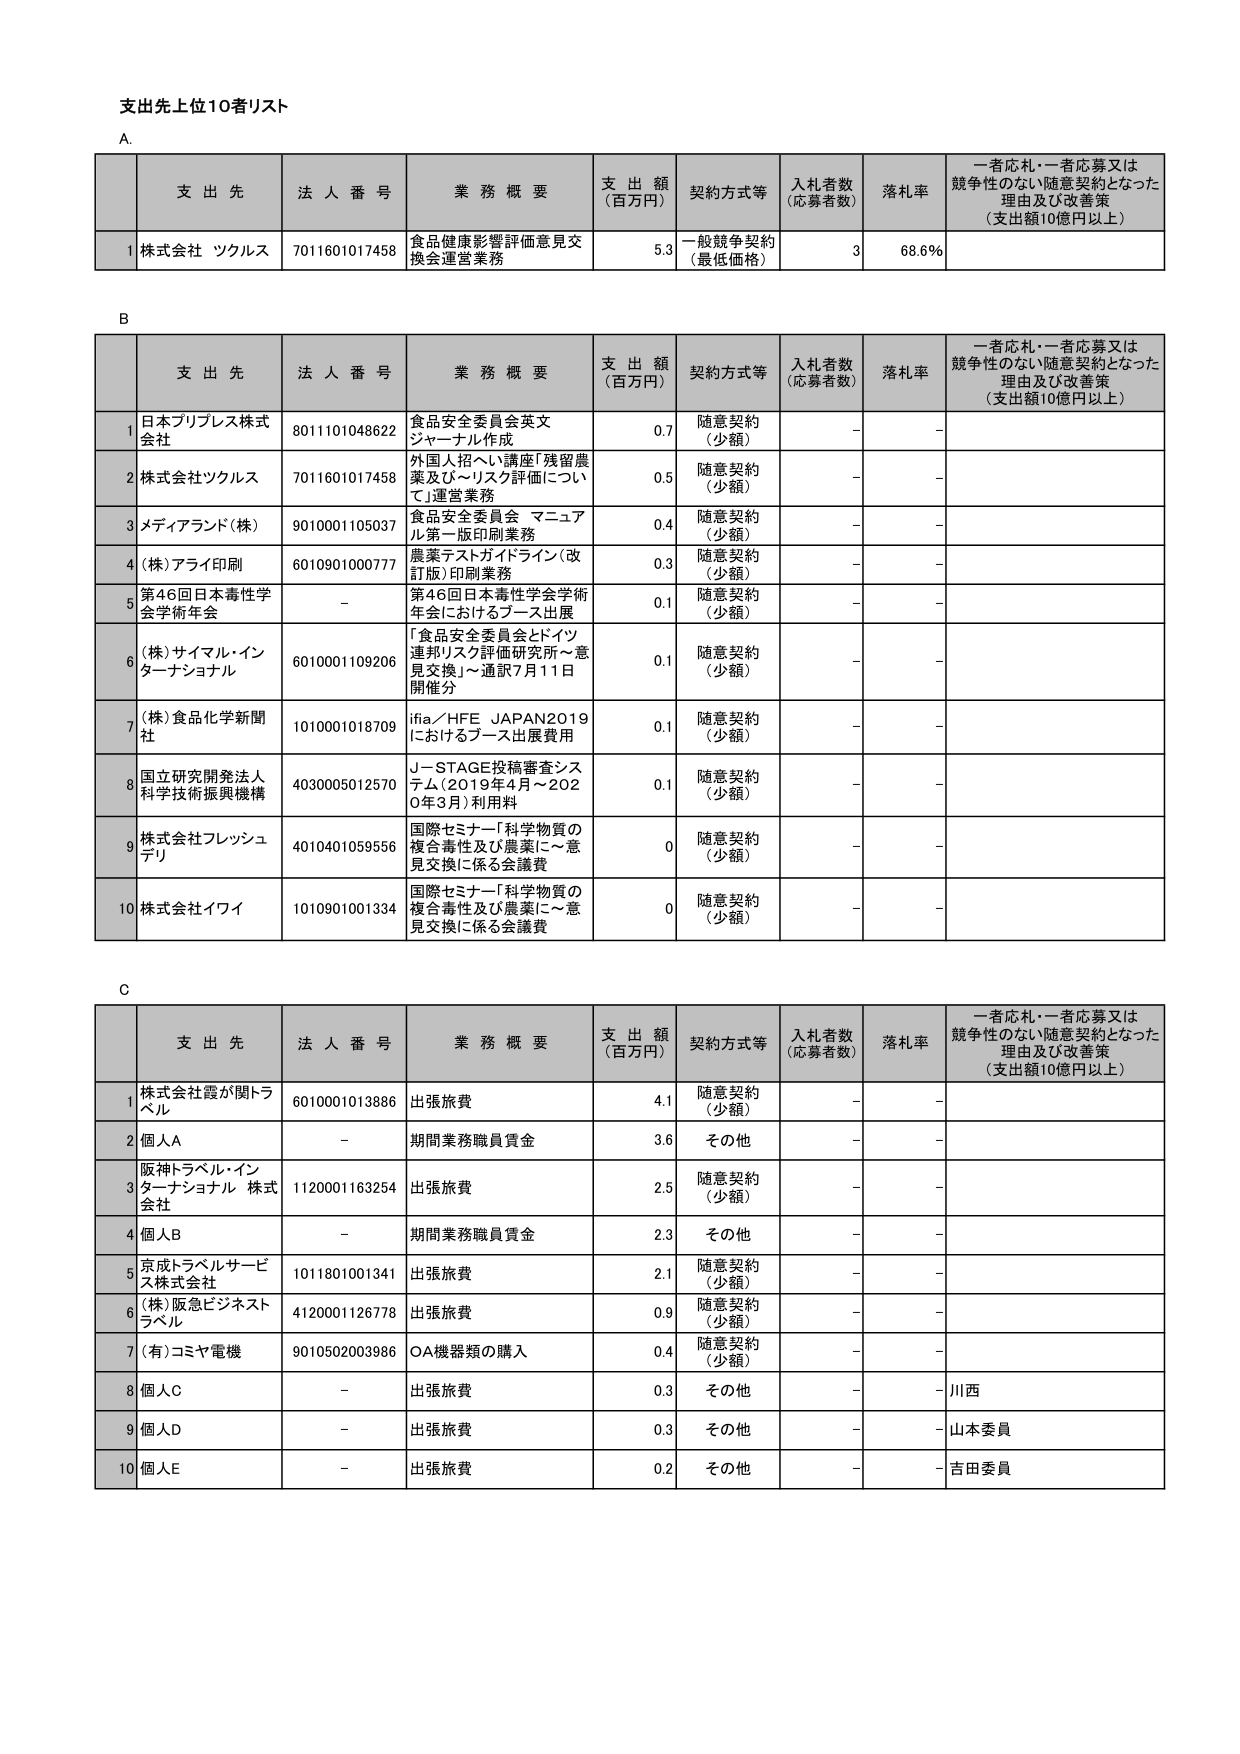
支出先上位10者リスト

A.
支 出 先 法 人 番 号 業 務 概 要 支 出 額 （百万円） 契約方式等 入札者数 （応募者数） 落札率 一者応札・一者応募又は競争性のない随意契約となった理由及び改善策 （支出額10億円以上）
1 株式会社 ツクルス 7011601017458 食品健康影響評価意見交換会運営業務 5.3 一般競争契約 （最低価格） 3 68.6％

B
支 出 先 法 人 番 号 業 務 概 要 支 出 額 （百万円） 契約方式等 入札者数 （応募者数） 落札率 一者応札・一者応募又は競争性のない随意契約となった理由及び改善策 （支出額10億円以上）
1 日本プリプレス株式会社 8011101048622 食品安全委員会英文ジャーナル作成 0.7 随意契約 （少額） - -
2 株式会社ツクルス 7011601017458 外国人招へい講座「残留農薬及びヘリリスク評価について」運営業務 0.5 随意契約 （少額） - -
3 メディアランド（株） 9010001105037 食品安全委員会 マニュアル第一版印刷業務 0.4 随意契約 （少額） - -
4 （株）アライ印刷 6010901000777 農薬テストガイドライン（改訂版）印刷業務 0.3 随意契約 （少額） - -
5 第46回日本毒性学会学術年会  - 第46回日本毒性学会学術年会におけるブース出展 0.1 随意契約 （少額） - -
6 （株）サイマル・インターナショナル 6010001109206 「食品安全委員会とドイツ連邦リスク評価研究所～意見交換」～通訳7月11日開催分 0.1 随意契約 （少額） - -
7 （株）食品化学新聞社 1010001018709 ifia／HFE JAPAN2019におけるブース出展費用 0.1 随意契約 （少額） - -
8 国立研究開発法人科学技術振興機構 4030005012570 J-STAGE投稿審査システム（2019年4月～2020年3月）利用料 0.1 随意契約 （少額） - -
9 株式会社フレッシュデリ 4010401059556 国際セミナー「科学物質の複合毒性及び農薬に～意見交換に係る会議費 0 随意契約 （少額） - -
10 株式会社イワイ 1010901001334 国際セミナー「科学物質の複合毒性及び農薬に～意見交換に係る会議費 0 随意契約 （少額） - -

C
支 出 先 法 人 番 号 業 務 概 要 支 出 額 （百万円） 契約方式等 入札者数 （応募者数） 落札率 一者応札・一者応募又は競争性のない随意契約となった理由及び改善策 （支出額10億円以上）
1 株式会社霞が関トラベル 6010001013886 出張旅費 4.1 随意契約 （少額） - -
2 個人A - 期間業務職員賃金 3.6 その他 - -
3 阪神トラベル・インターナショナル 株式会社 1120001163254 出張旅費 2.5 随意契約 （少額） - -
4 個人B - 期間業務職員賃金 2.3 その他 - -
5 京成トラベルサービス株式会社 1011801001341 出張旅費 2.1 随意契約 （少額） - -
6 （株）阪急ビジネストラベル 4120001126778 出張旅費 0.9 随意契約 （少額） - -
7 （有）コミヤ電機 9010502003986 OA機器類の購入 0.4 随意契約 （少額） - -
8 個人C - 出張旅費 0.3 その他 - 川西
9 個人D - 出張旅費 0.3 その他 - 山本委員
10 個人E - 出張旅費 0.2 その他 - 吉田委員